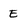
Character: E